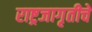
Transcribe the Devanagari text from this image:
राष्ट्रजागृतीचे